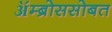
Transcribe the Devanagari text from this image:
ॲम्ब्रोससोबत